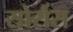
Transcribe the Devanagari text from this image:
सोर्रोस